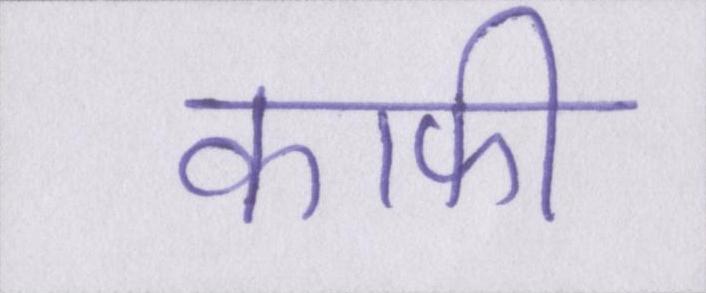
काफी